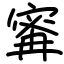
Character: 寗